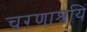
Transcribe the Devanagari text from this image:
चरणाश्रयिं